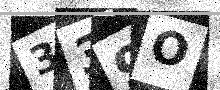
Text: 339O